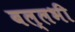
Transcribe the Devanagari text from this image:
बल्‍लभी